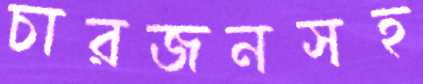
চারজনসহ